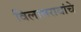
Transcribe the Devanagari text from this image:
विलासरावांचे